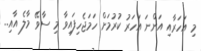
މި އަހަރާއި އަންނަ އަހަރު ކުރުމަށް ހަމަޖެހިފައިވާ މި ސާވޭ މާލެ އާއި..